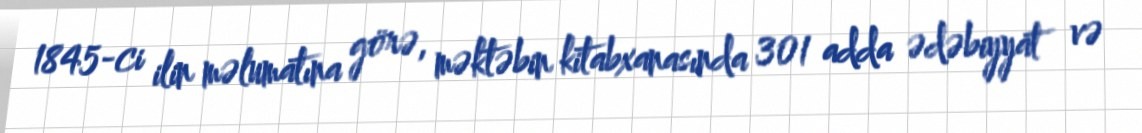
1845-ci ilin məlumatına görə, məktəbin kitabxanasında 301 adda ədəbiyyat və